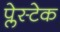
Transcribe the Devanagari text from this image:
प्लेस्टेक